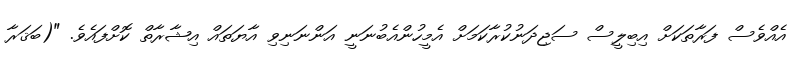
އެއްވެސް ފަރާތަކަށް އިބިލީސް ސަޖިދަނުކުރާކަމަށް އެމީހުންއެބުނަނީ އަންނަނިވި އާޔަތައް އިޝާރާތް ކޮށްފައެވެ. "(ބަޤަރާ